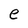
Character: e